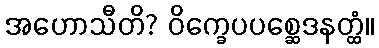
အဟောသီတိ? ဝိက္ခေပပစ္ဆေဒနတ္ထံ။